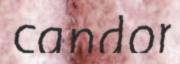
candor